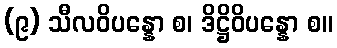
(၉) သီလဝိပန္နော စ၊ ဒိဋ္ဌိဝိပန္နော စ။